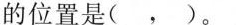
的位置是( ，)。